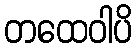
တထေဝါပိ